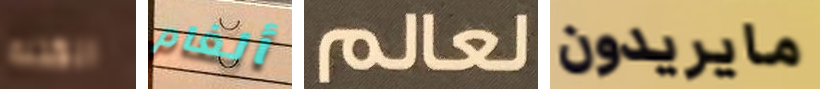
الكتلة ألغام لعالم مايريدون